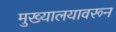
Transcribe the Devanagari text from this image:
मुख्यालयावरून